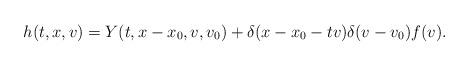
LaTeX: \begin{align*} h(t,x,v) = Y(t,x-x_0,v,v_0) + \delta(x-x_0-tv) \delta(v-v_0)f(v).\end{align*}